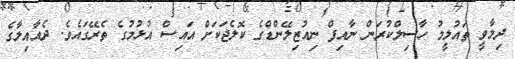
ދިމާވީ ތައުލީމު ހާސިލްކުރަން ނާއިފް ނިއުޒިލޭންޑްގެ ކޮލެޖަކަށް އައިސް އުޅުމުގެ ތެރޭގައެވެ. ދެއާއިލާގެ